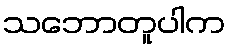
သဘောတူပါက